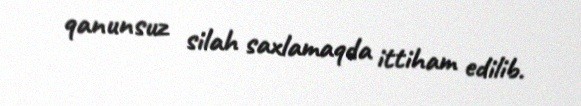
qanunsuz silah saxlamaqda ittiham edilib.